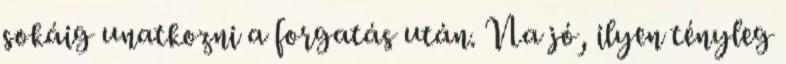
sokáig unatkozni a forgatás után. Na jó, ilyen tényleg